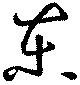
東